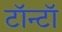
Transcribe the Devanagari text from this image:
टॉन्टॉ